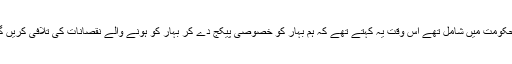
جس وقت یہ لوگ مرکزی حکومت میں شامل تھے اس وقت یہ کہتے تھے کہ ہم بہار کو خصوصی پیکج دے کر بہار کو ہونے والے نقصانات کی تلافی کریں گے، مگر ایسا کچھ نہیں کیا۔